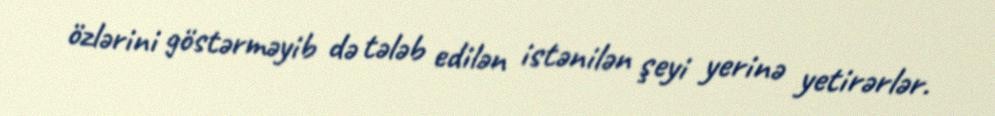
özlərini göstərməyib də tələb edilən istənilən şeyi yerinə yetirərlər.